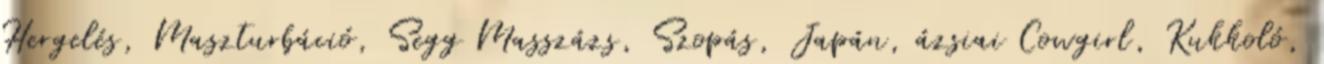
Hergelés, Maszturbáció, Segg Masszázs, Szopás, Japán, ázsiai Cowgirl, Kukkoló,